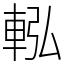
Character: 䡏